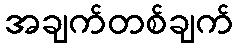
အချက်တစ်ချက်